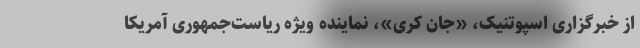
از خبرگزاری اسپوتنیک، «جان کری»، نماینده ویژه ریاست‌جمهوری آمریکا